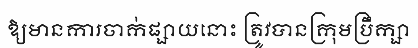
ឱ្យមានការចាក់ផ្សាយនោះ ត្រូវបានក្រុមប្រឹក្សា